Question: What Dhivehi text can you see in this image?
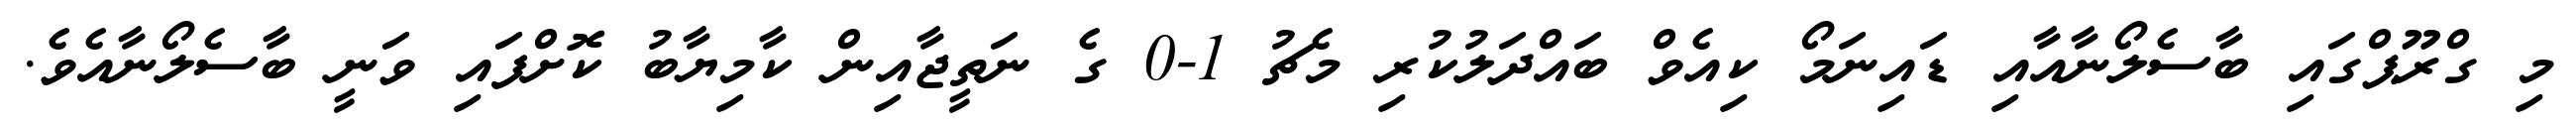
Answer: މި ގްރޫޕްގައި ބާސެލޯނާއާއި ޑައިނަމޯ ކިއެވް ބައްދަލުކުރި މެޗު 1-0 ގެ ނަތީޖާއިން ކާމިޔާބު ކޮށްފައި ވަނީ ބާސެލޯނާއެވެ.